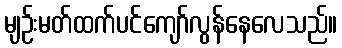
မျဉ်းမတ်ထက်ပင်ကျော်လွန်နေလေသည်။